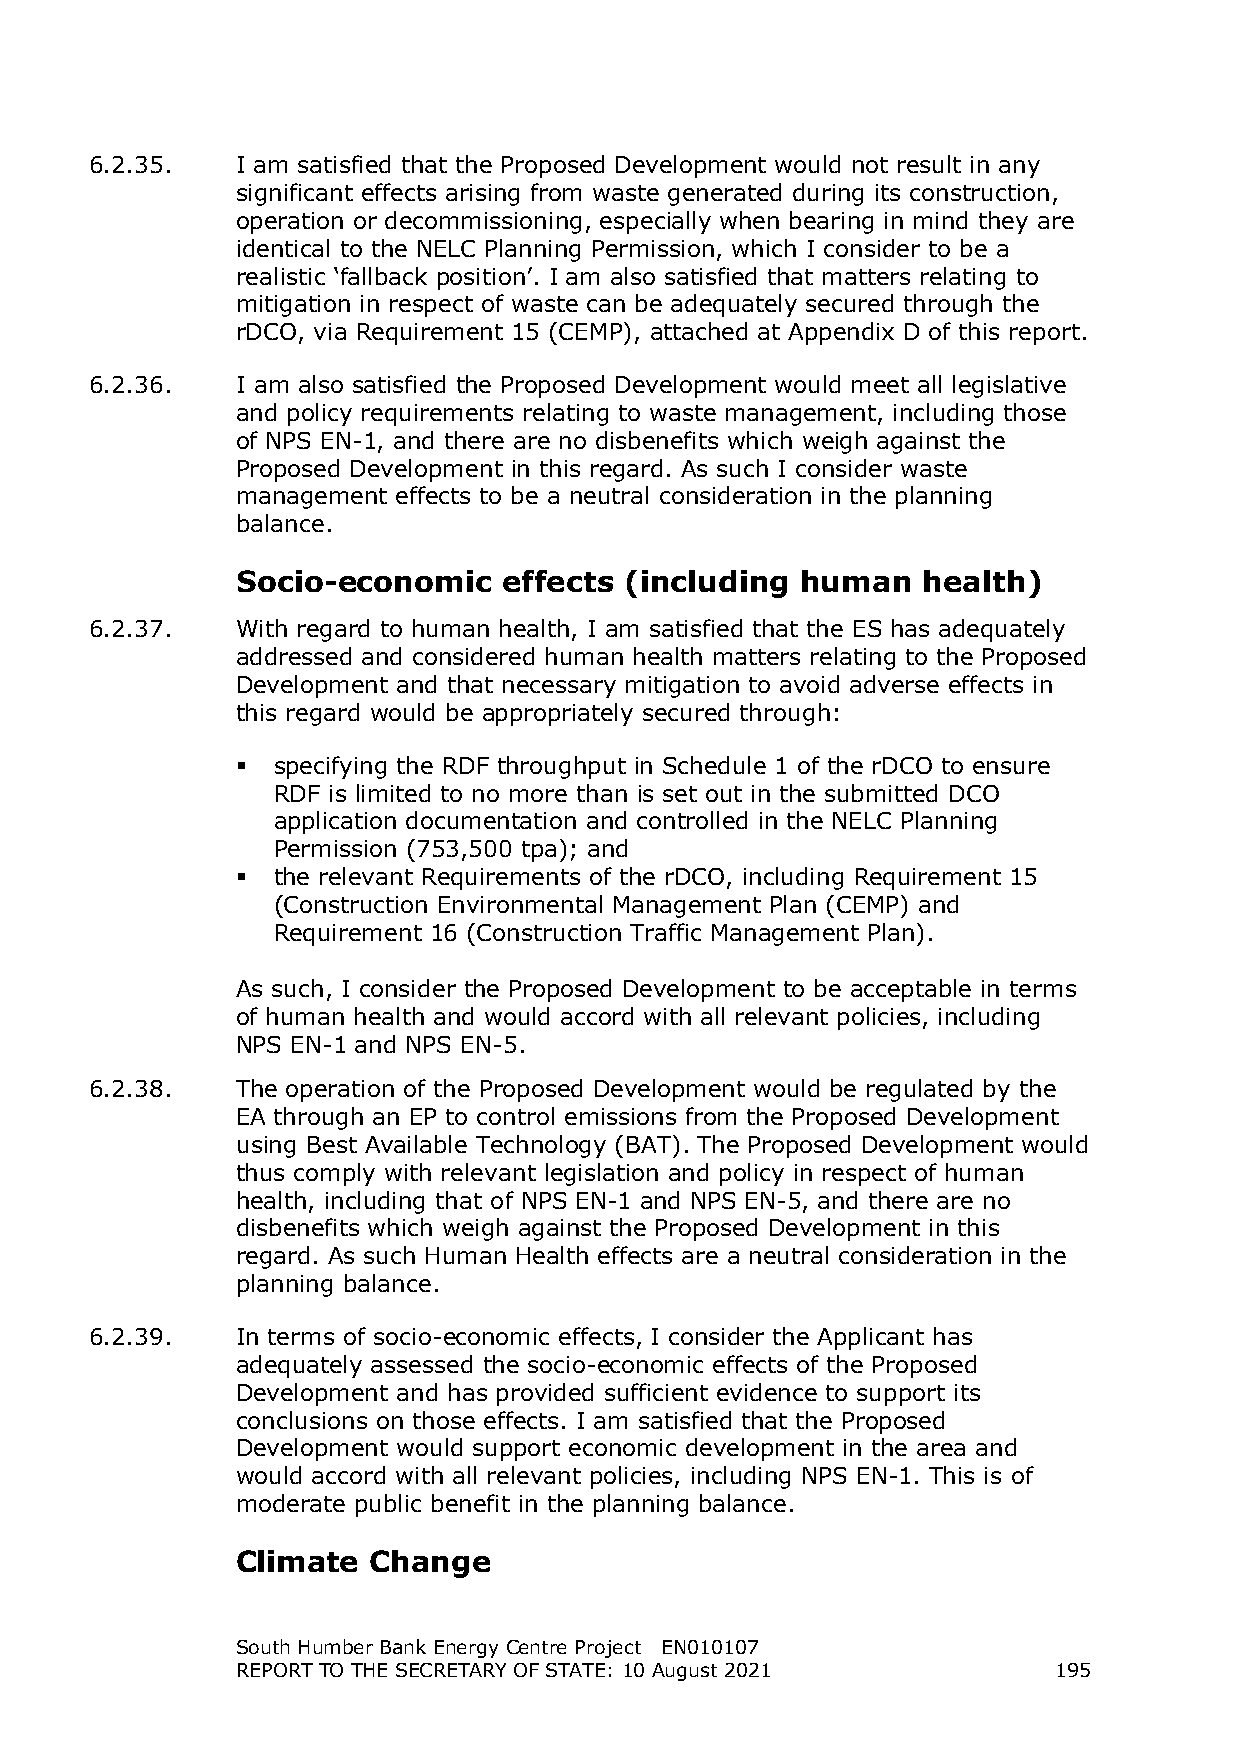
6.2.35.   I am satisfied that the Proposed Development would not result in any
 significant effects arising from waste generated during its construction,
 operation or decommissioning, especially when bearing in mind they are
 identical to the NELC Planning Permission, which I consider to be a
 realistic ‘fallback position’. I am also satisfied that matters relating to
 mitigation in respect of waste can be adequately secured through the
 rDCO, via Requirement 15 (CEMP), attached at Appendix D of this report.
 6.2.36.   I am also satisfied the Proposed Development would meet all legislative
 and policy requirements relating to waste management, including those
 of NPS EN-1, and there are no disbenefits which weigh against the
 Proposed Development in this regard. As such I consider waste
 management effects to be a neutral consideration in the planning
 balance.
 Socio-economic   effects (including  human   health)
 6.2.37.   With regard to human health, I am satisfied that the ES has adequately
 addressed and considered human health matters relating to the Proposed
 Development and that necessary mitigation to avoid adverse effects in
 this regard would be appropriately secured through:
  specifying the RDF throughput in Schedule 1 of the rDCO to ensure
 RDF is limited to no more than is set out in the submitted DCO
 application documentation and controlled in the NELC Planning
 Permission (753,500 tpa); and
  the relevant Requirements of the rDCO, including Requirement 15
 (Construction Environmental Management Plan (CEMP) and
 Requirement 16 (Construction Traffic Management Plan).
 As such, I consider the Proposed Development to be acceptable in terms
 of human health and would accord with all relevant policies, including
 NPS EN-1 and NPS EN-5.
 6.2.38.   The operation of the Proposed Development would be regulated by the
 EA through an EP to control emissions from the Proposed Development
 using Best Available Technology (BAT). The Proposed Development would
 thus comply with relevant legislation and policy in respect of human
 health, including that of NPS EN-1 and NPS EN-5, and there are no
 disbenefits which weigh against the Proposed Development in this
 regard. As such Human Health effects are a neutral consideration in the
 planning balance.
 6.2.39.   In terms of socio-economic effects, I consider the Applicant has
 adequately assessed the socio-economic effects of the Proposed
 Development and has provided sufficient evidence to support its
 conclusions on those effects. I am satisfied that the Proposed
 Development would support economic development in the area and
 would accord with all relevant policies, including NPS EN-1. This is of
 moderate public benefit in the planning balance.
 Climate Change
 South Humber Bank Energy Centre Project EN010107
 REPORT TO THE SECRETARY OF STATE: 10 August 2021      195